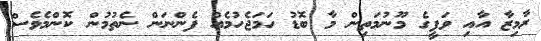
ރާމިޒާ އާއި ވަފީގެ މޫނުމަތިން މާ ބޮޑު ހަމަޖެހުމެއް ފެންނަން ނެތުމުން ކޮންމެވެސް